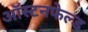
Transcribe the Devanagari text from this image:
ऑस्टनफेल्ड